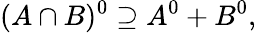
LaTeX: (A\cap B)^{0}\supseteq A^{0}+B^{0},